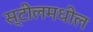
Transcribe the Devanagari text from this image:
स्टीलमधील